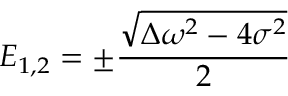
E _ { 1 , 2 } = \pm \frac { \sqrt { \Delta \omega ^ { 2 } - 4 \sigma ^ { 2 } } } { 2 }